Vaccination United Provinces of Agra and Oudh 1923-1928 - 1923-1928
Year: 1923
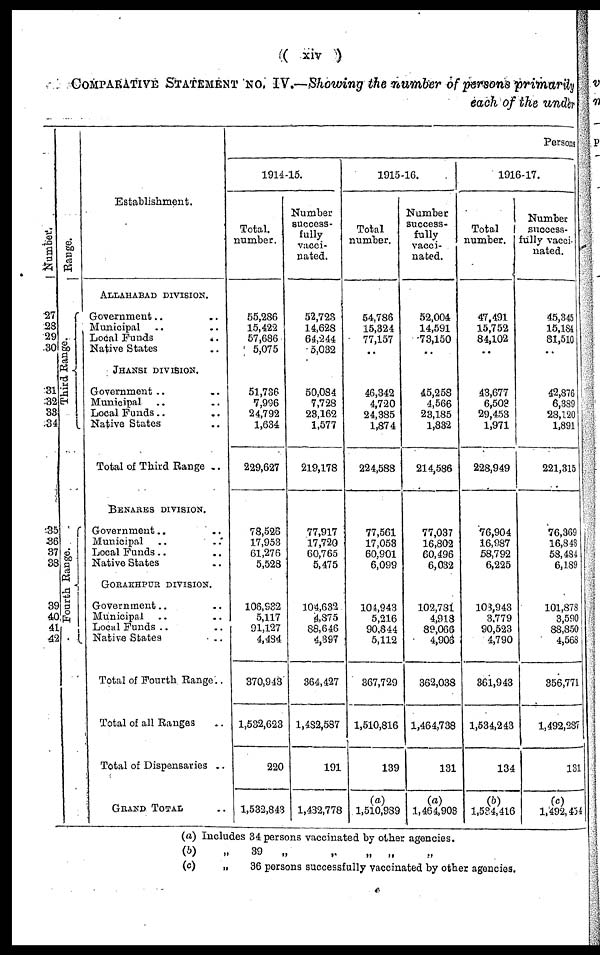
( xiv )
COMPARATIVE STATEMENT No. IV.—Showing the number of persons primarily
each of the under
Number.
27
28
29
30
31
32
33
34
35
36
37
38
39
40
41
42
Range.
Third Range.
Fourth Range.
Establishment.
ALLAHABAD DIVISION.
Government .. ..
Municipal .. ..
Local Funds
..
Native States ..
JHANSI DIVISION.
Government .. ..
Municipal .. ..
Local Funds .. ..
Native States ..
Total of Third Range ..
BENARES DIVISION.
Government .. ..
Municipal .. ..
Local Funds .. ..
Native States ..
GORAKHPUR DIVISION.
Government .. ..
Municipal .. ..
Local Funds .. ..
Native States ..
Total of Fourth Range..
Total of all Ranges ..
Total of Dispensaries ..
GRAND TOTAL ..
Persons
1914-15.
Total.
number.
55,286
15,422
57,686
5,075
51,736
7,996
24,792
1,634
229,627
78,526
17,953
61,276
5,528
106,932
5,117
91,127
4,484
370,943
1,532,623
220
1,532,843
Number
success-
fully
vacci-
nated.
52,723
14,628
64,244
5,032
50,084
7,728
23,162
1,577
219,178
77,917
17,720
60,765
5,475
104,632
4,875
88,646
4,397
364,427
1,482,587
191
1,432,778
1915-16.
Total
number.
54,786
15,324
77,157
..
46,342
4,720
24,385
1,874
224,588
77,561
17,053
60,901
6,099
104,943
5,216
90,844
5,112
367,729
1,510,816
139
(a)
1,510,989
Number
success¬
fully
vacci-
nated.
52,004
14,591
73,150
..
45,258
4,566
23,185
1,832
214,586
77,037
16,802
60,496
6,032
102,731
4,918
89,066
4,906
362,038
1,464,738
131
(a)
1,464,903
1916-17.
Total
number.
47,491
15,752
84,102
..
43,677
6,503
29,453
1,971
228,949
76,904
16,987
58,792
6,225
103,943
3,779
90,523
4,790
361,943
1,534,243
134
(b)
1,534,416
Number
success¬
fully vacci¬
nated.
45,345
15,184
81,510
..
42,876
6,389
28,120
1,891
221,315
76,369
16,843
58,484
6,189
101,878
3,590
88,850
4,568
356,771
1,492,237
131
(c)
1,492,454
(a) Includes 34 persons vaccinated by other agencies.
(b)
(c)
„
39
„
„ „ „ „
„
36 persons successfully vaccinated by other agencies.